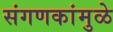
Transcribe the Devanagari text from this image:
संगणकांमुळे